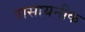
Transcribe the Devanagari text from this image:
रासायनीक